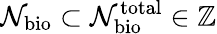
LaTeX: \mathcal{N}_{\mathrm{bio}}\subset\mathcal{N}_{\mathrm{bio}}^{\mathrm{total}}\in\mathbb{Z}